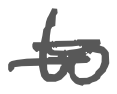
Text: to
Cross-out: double-line
Writing tool: digital_gray